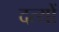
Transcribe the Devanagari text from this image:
दत्यों